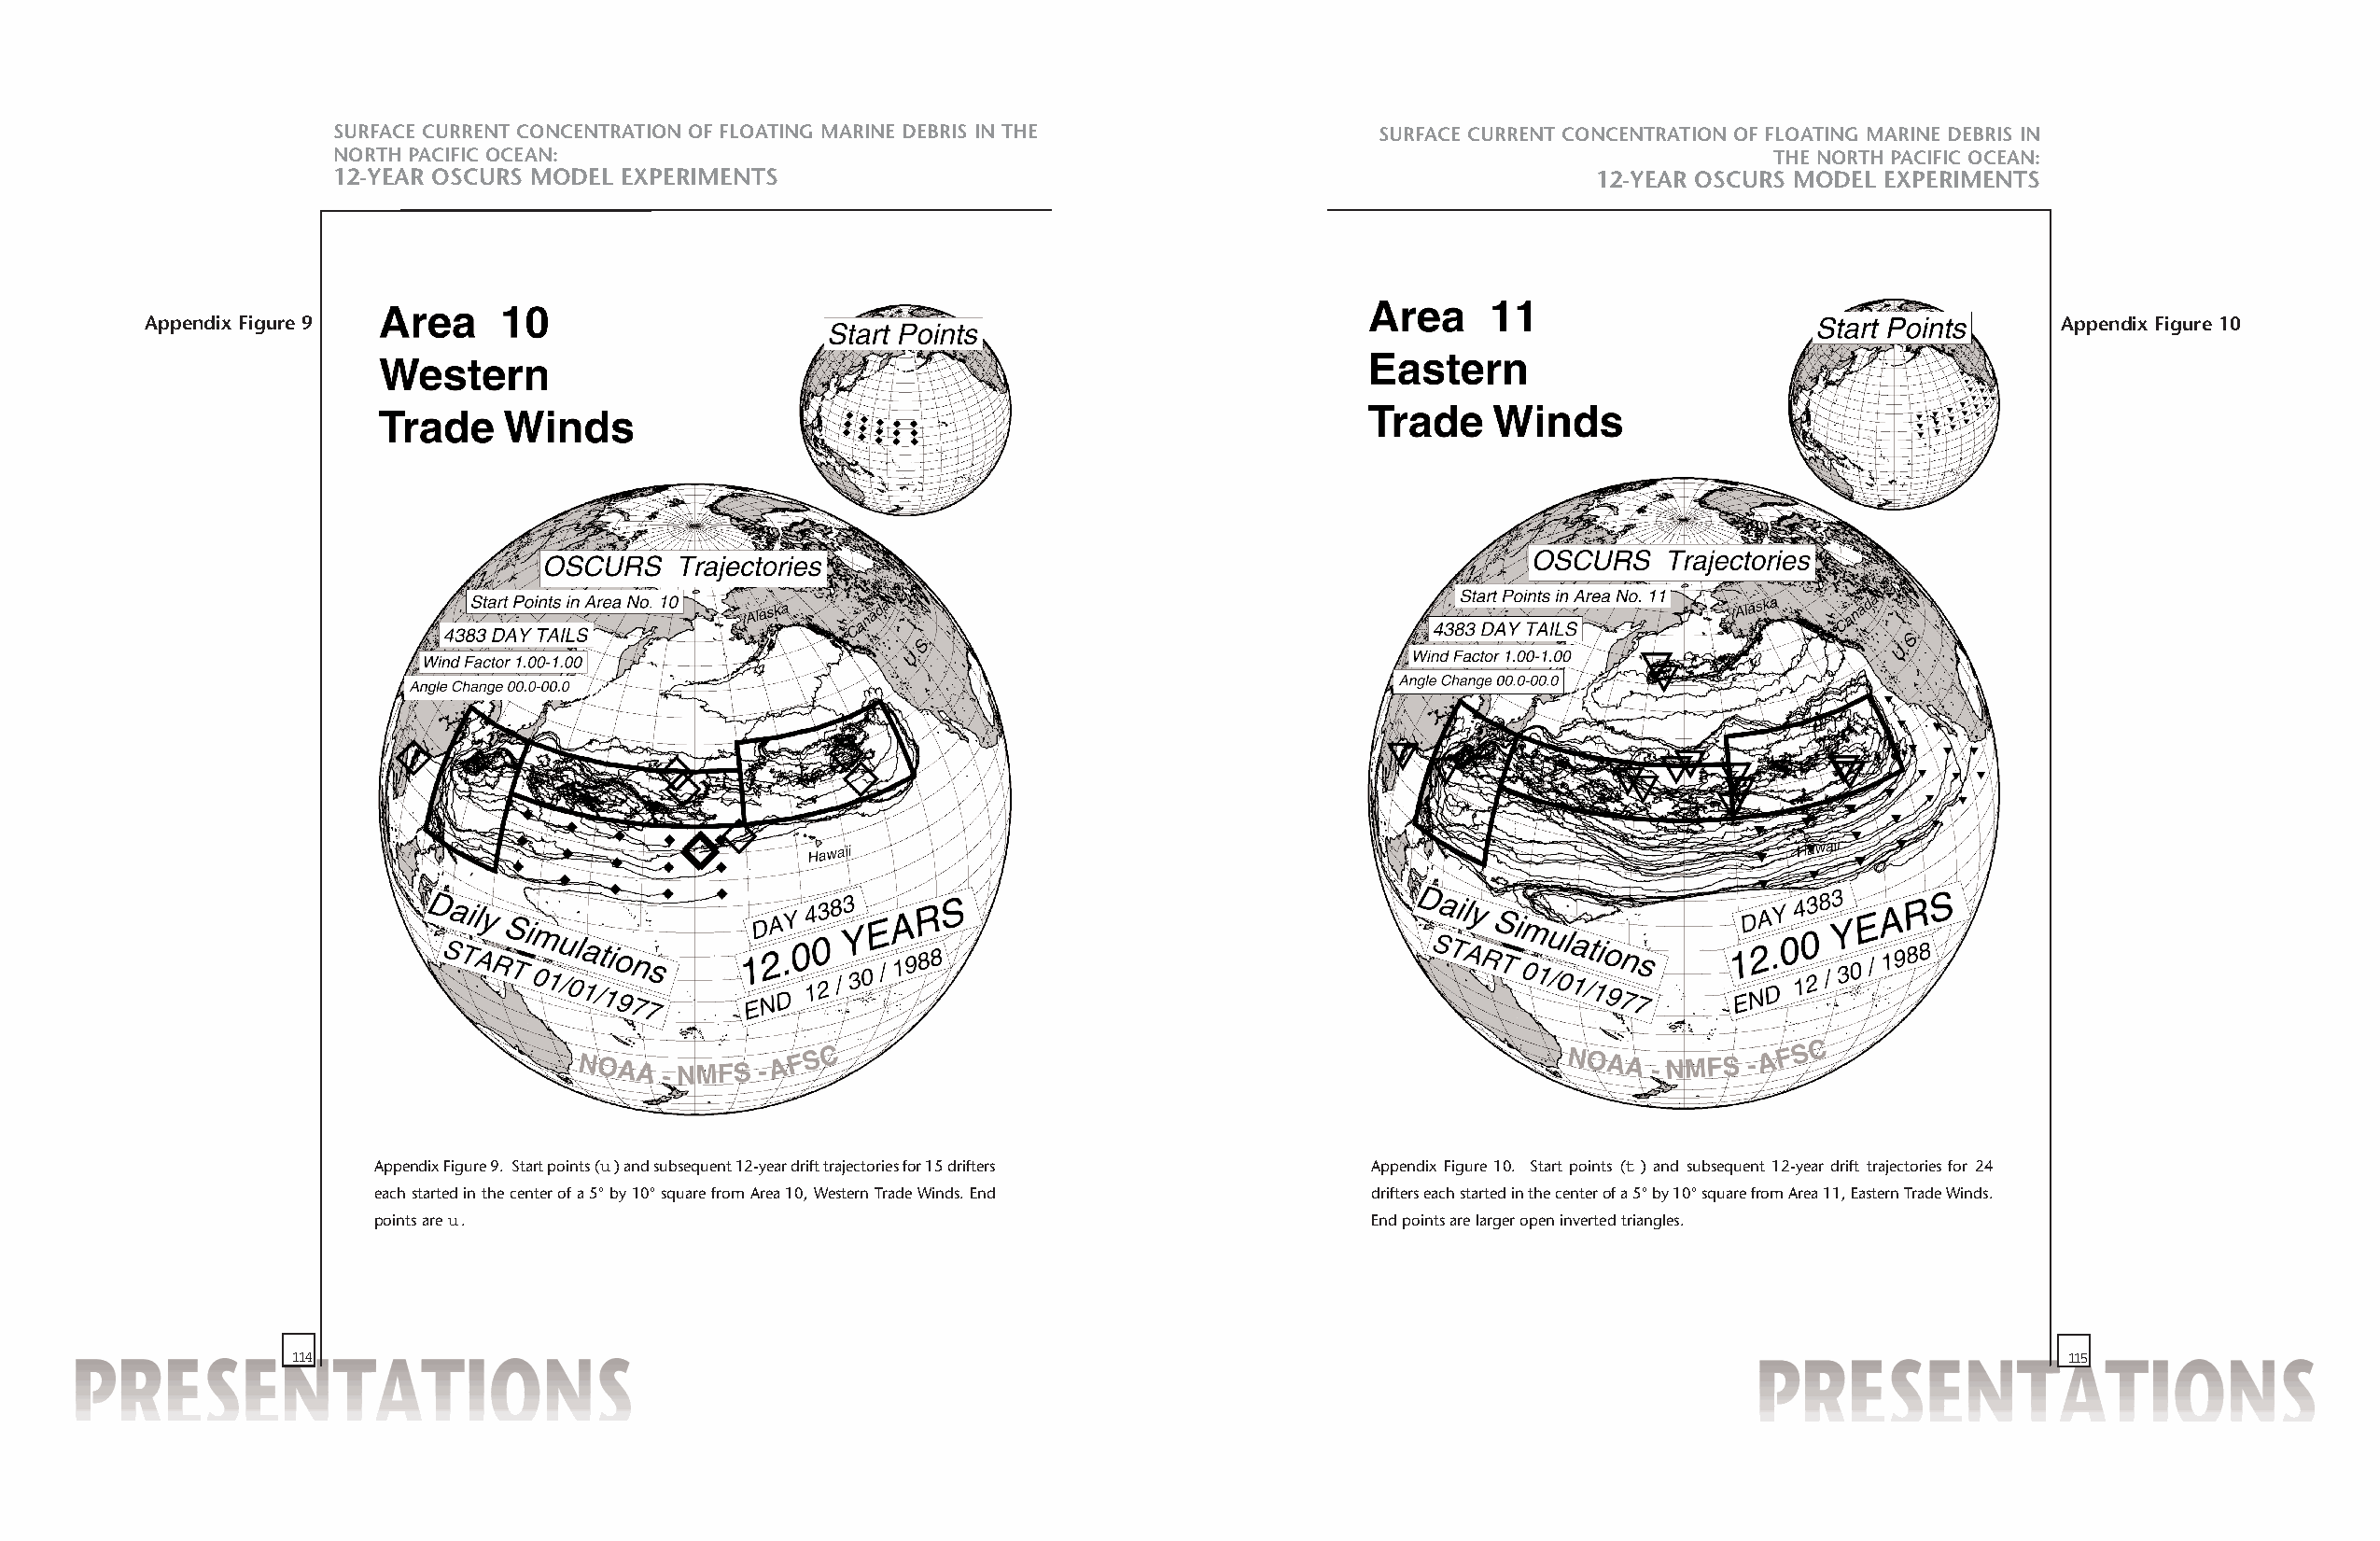
SURFACE CURRENT CONCENTRATION OF FLOATING MARINE DEBRIS IN THE            SURFACE CURRENT CONCENTRATION OF FLOATING MARINE DEBRIS IN
 NORTH PACIFIC OCEAN:                                                                                  THE NORTH PACIFIC OCEAN:
 12-YEAR OSCURS MODEL EXPERIMENTS                                                         12-YEAR OSCURS MODEL EXPERIMENTS
 Appendix Figure 9                                                                                                                       Appendix Figure 10
 Appendix Figure 9. Start points (u) and subsequent 12-year drift trajectories for 15 drifters Appendix Figure 10. Start points (t) and subsequent 12-year drift trajectories for 24
 each started in the center of a 5°by 10°square from Area 10, Western Trade Winds. End drifters each started in the center of a 5°by 10°square from Area 11, Eastern Trade Winds.
 points are u.                                                         End points are larger open inverted triangles.
 114                                                                                                                           115